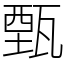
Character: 甄